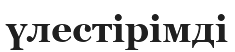
үлестірімді